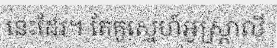
នេះដែរ។ តែគូស្នេហ៍អូស្ត្រាលី